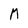
Character: M